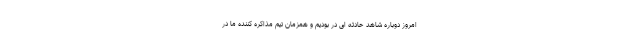
امروز دوباره شاهد حادثه ای در بودیم و همزمان تیم مذاکره کننده ما در